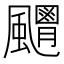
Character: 𩙊